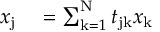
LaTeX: \begin{array} { r l } { x _ { \mathrm { j } } } & { { } = \sum _ { \mathrm { k } = 1 } ^ { \mathrm { N } } t _ { \mathrm { j k } } x _ { \mathrm { k } } } \end{array}